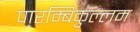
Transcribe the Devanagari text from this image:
पारम्बिकुल्लम